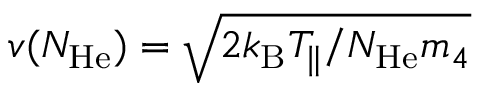
v ( N _ { \mathrm { H e } } ) = \sqrt { 2 k _ { \mathrm { B } } T _ { \parallel } / N _ { \mathrm { H e } } m _ { 4 } }